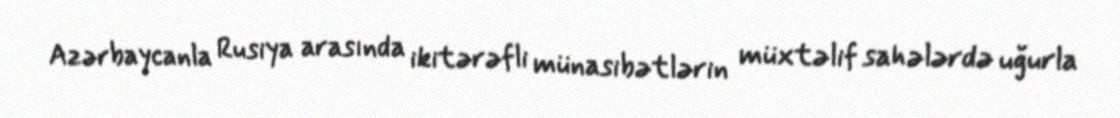
Azərbaycanla Rusiya arasında ikitərəfli münasibətlərin müxtəlif sahələrdə uğurla